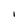
Character: l